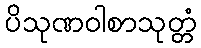
ပိသုဏဝါစာသုတ္တံ